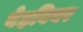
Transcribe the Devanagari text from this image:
बेहवियर